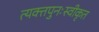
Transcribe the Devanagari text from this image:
त्यक्तपुनःस्वीकृत